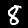
Label: 8